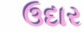
ઉદાર